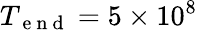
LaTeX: T_{\mathrm{~e~n~d~}}=5\times 10^{8}